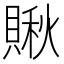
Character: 𧷂